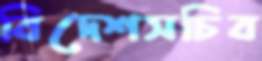
বিদেশসচিব